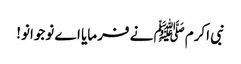
نبی اکرمﷺ نے فرمایا اے نوجوانو!